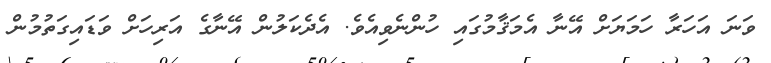
ވަނަ އަހަރާ ހަމަޔަށް އޭނާ އެމަޤާމުގައި ހުންނެވިއެވެ. އެދެކަލުން އޭނާގެ އަރިހަށް ވަޑައިގަތުމުން